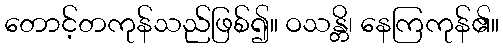
တောင့်တကုန်သည်ဖြစ်၍။ ဝသန္တိ၊ နေကြကုန်၏။